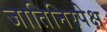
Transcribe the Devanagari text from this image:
जातिनिरपेक्ष